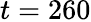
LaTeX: t=260